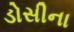
ડોસીના